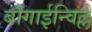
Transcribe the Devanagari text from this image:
बौगाईन्विल्ले